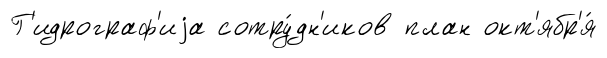
Г'идрограф'иjа сотру́дн'иков план окт'ябр'я́